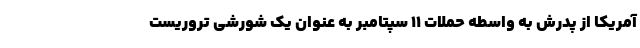
آمریکا از پدرش به واسطه حملات ۱۱ سپتامبر به عنوان یک شورشی تروریست